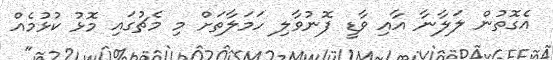
އެގޮތުން ލަލާނާ އާއި ވާޑީ ފޮނުވާލި ހަމަލާތަށް މި މެޗުގައި މޮޅު ކުޅުމެއް